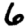
Digit: 6